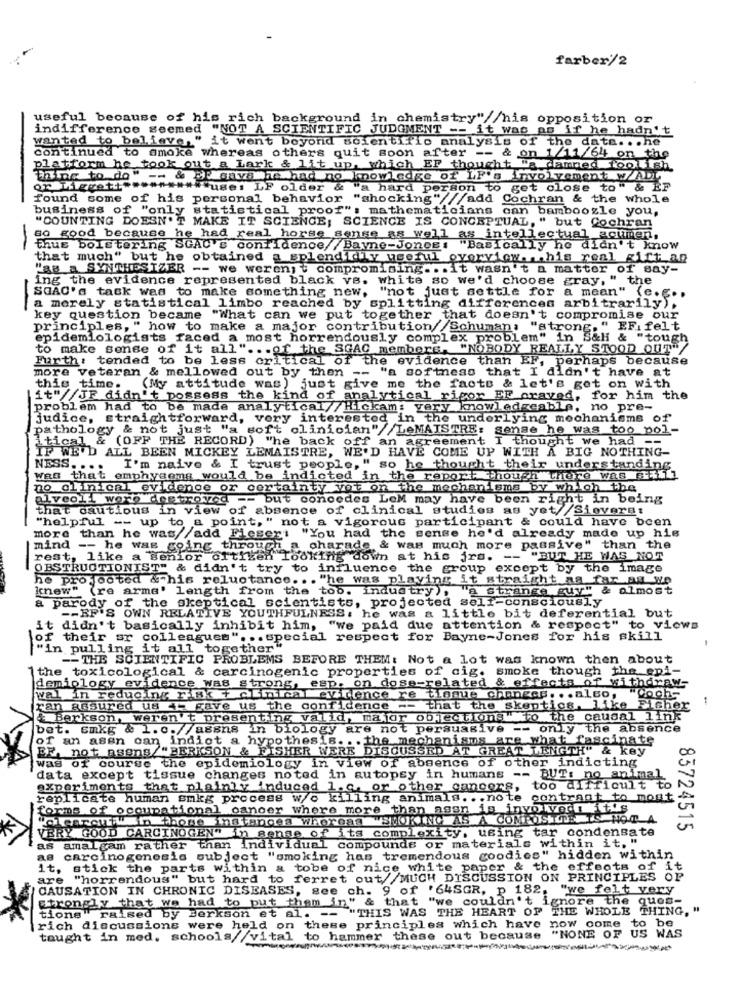
farber/2
useful because of his rich background in chemistry"//his opposition or
indifference seemed "NOT A SCIENTIFIC JUDGMENT -- it was as if he hadn't
wanted to believe," it went beyond scientific analysis of the data. . . he
Continued to smoke whereas others quit soon after -- & on 1/11/64 on the
platform he took out a Lark & lit up. which EF thought "a damned foolish
thing to do " -- & BE civa he had no knowledge of LE's involvement w/ALL
OP TASRett ********** use: LF older & a hard person to get close to" & EF
found some of his personal behavior "shocking"///add Cochran & the Whole
business of "only statistical proof": mathematicians can bamboozle you,
"COUNTING DOESN'T MAKE IT SCIENCE, SCIENCE IS CONCEPTUAL, " but Cochran
so good because he had real horse sense as well as intellectual acumen,
thus bolstering SGAU's confidence// Bayne-Jones
"Basically he didn't know
that much" but he obtained a splendidly useful overview ... his real gift an
"as a SYNTHESIZER -- we weren't compromising ... it wasn't a matter of say-
ing the evidence represented black vs. white so we'd choose gray, " the
SGAC's task was to make something new,
"not just settle for
a mean" (e ...
-
a merely statistical limbo reached by splitting differences arbitrarily).
key question became "What can we put together that doesn't compromise our
principles, " how to make a major contribution//Schuman: "strong." EFi felt
epidemiologists faced a most horrendously complex problem" in S&li & "tough
to make sense of it all " ... of the SGAC members. "NOBODY REALLY STOOD OUT
Furth: tended to be less critical of the evidence than EF, perhaps because
more veteran & mellowed out by then -- "a softness that I didn't have at
this time.
(My attitude was) just give me the facts & let's get on with
it"//JF didn't possess the kind of analytical rigor EF craved, for him the
problem had to be made analytical//Hickam: very knowledgeable, no pre-
judice, straightforward, very interested in the underlying mechanisms of
pathology & not just "a soft clinician"//LeMAISTRE: sense he was too pol-
itical & (OFF THE RECORD) whe back off an agreement I thought we had --
IF WE'D ALL BEEN MICKEY LEMAISTRE, WE'D HAVE COME UP WITH A BIG NOTHING-
NESS. ...
I'm naive & I trust people," so he thought their understanding
was that emphysema would be indicted in the report though there was still
no clinical evidence or certainty yot on the mechanisms by which the
alveoli worbarnetroved -- but concedes LeM may have been right in being
that cautious in view of absence of clinical studies as yet//Sieverst
"helpful -- up to a point," not a vigorous participant & could have been
more than he was//add Fiegeri "You had the sense he'd already made up his
mind -- he was going through a charade & was much more passive" than the
rest, like a Senior oftiten Looking down at his jrs. -- "BUT HE WAS NOT
OBSTRUCTIONIST" & didn't try to influence the group except by the image
he projected & his reluctance ... "he was playing it straight as far as we
knew" (re arme' length from the tob. industry), a strange guy" & almost
a parody of the skeptical scientists, projected self-consciously
-- BF'S OWN RELATIVE YOUTHFULNESS. he was a little bit deferential but
it didn't basically inhibit him, "we paid due attention & respect" to views
their sr colleagues". .. special respect for Bayne-Jones for his skill
"in pulling it all together"
-- THE SCIENTIFIC PROBLEMS BEFORE THEM: Not a lot was known then about
1the toxicological & carcinogenic properties of cig. smoke though the epi-
demiology evidence was strong, esp, on dose-related & effects of withdraw-
wal in reducing Fisk + clinical evidence re tingue changes. .. also,
"Cochs
ran assured us 4- gave us the confidence -- that the skeptics, like Eicher
& Berkson, weren't presentiing valid, ma for objections" to the causal link
bet. Emkg & 1.0.//assns in biology are not persuasive -- only the absence
of an asen can indict a hypothesis. . . the mechanisms are what fascinate
BE, not asens/"BERKSON & FISHER WERE DISCUSSED AT GREAT LENGTH" & key
was of course the epidemiology in view of absence of other indicting
data except tissue changes noted in autopsy in humans -- BUT: no animal
experiments that plainly induced 1.c ., or other cancers, too difficult to
replicate human Enkg process w/o killing animals. .. note contrast to most
forms of occupational cancer where more than agsn is involved it's
"alearen't in those instances whereas "SMOKING AS A COMPOSITE IS NOT A
VERY GOOD CARCINOGEN" in sense of its complexity, using tar condensate
83724515
as amalgam rather than Individual compounds or materials within it, "
as carcinogenesis subject "smoking has tremendous goodies" hidden within
it, stick the parts within a tobe of nice white paper & the effects of it
are "horrendous" but hard to ferret out//MUCH DISCUSSION ON PRINCIPLES OP
CAUSATION IN CHRONIC DISEASES, see ch. 9 of '64SGR, p 182. "we felt very
Strongly that we had to put them in" & that "we couldn't ignore the ques-
tions" raised by Berkson et al. "- "THIS WAS THE HEART OF THE WHOLE THING, "
rich discussions were held on these principles which have now come to be
taught in med. schools//vital to hammer these out because "NONE OF US WAS